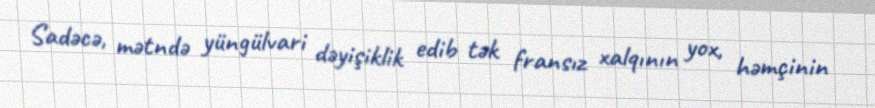
Sadəcə, mətndə yüngülvari dəyişiklik edib tək fransız xalqının yox, həmçinin